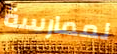
لممارسة